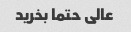
عالی حتما بخرید